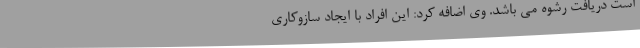
است دریافت رشوه می باشد. وی اضافه کرد: این افراد با ایجاد سازوکاری